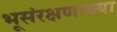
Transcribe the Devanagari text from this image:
भूसंरक्षणाच्या